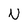
Character: U